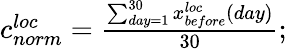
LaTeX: \begin{array}{r}{c_{norm}^{loc}=\frac{\sum_{day=1}^{30}x_{before}^{loc}(day)}{30};}\end{array}